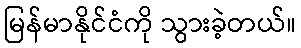
မြန်မာနိုင်ငံကို သွားခဲ့တယ်။